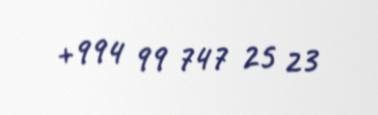
+994 99 747 25 23